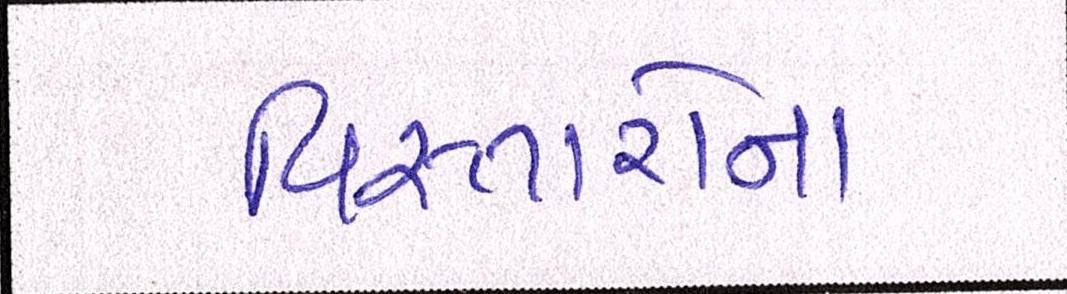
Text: વિસ્તારોના